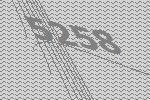
5258